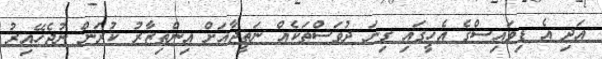
އަދި އެ ޑިވައިސްގެ އެހީގައި ގިނަ ދުވަސްތަކެއް ނަތީޖާއަށް އިންތިޒާރު ކުރަން ނުޖެހޭއިރު